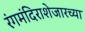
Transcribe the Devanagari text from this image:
रंगमंदिराशेजारच्या